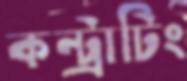
কন্ট্রাটিং